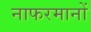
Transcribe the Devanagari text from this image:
नाफरमानों